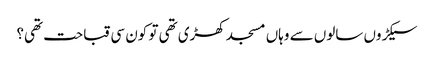
سیکڑوں سالوں سے وہاں مسجد کھڑی تھی تو کون سی قباحت تھی؟